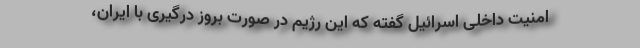
امنیت داخلی اسرائیل گفته که این رژیم در صورت بروز درگیری با ایران،